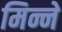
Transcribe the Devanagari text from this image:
मिन्ने